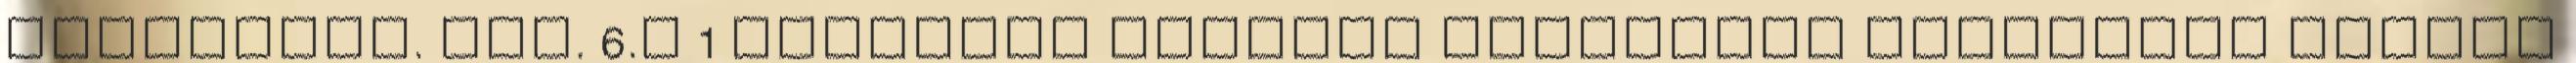
kérhetnek. Vhu. 6.§ 1 Fizetési haladék kizárólag testületi döntés